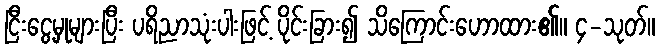
ငြီးငွေ့မှုများပြီး ပရိညာသုံးပါးဖြင့် ပိုင်းခြား၍ သိကြောင်းဟောထား၏။ ၄-သုတ်။